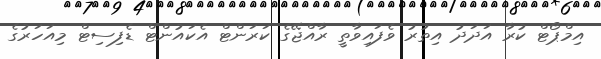
އިމްޕޯޓް ކުރާ އަދަދު އިތުރު ވެފައިވާތީ ރާއްޖޭގެ ކަރަންޓް އެކައުންޓް ޑެފިސިޓް މިއަހަރުގެ